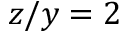
z / y = 2